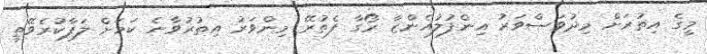
މީގެ އިތުރަށް މިދުވަސްވަރު އިންފުލުއެންޒާ ރޯގާ ފެތުރޭ މިންވަރު އިތުރުވާނެ ކަމަށް ލަފާކުރެވޭތީ